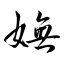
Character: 嫵